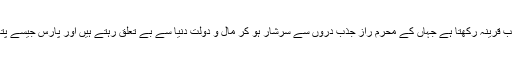
فقر و مستی اور درویشی و قلندری کا قریہ بھی عجب قرینہ رکھتا ہے جہاں کے محرم راز جذبِ دروں سے سرشار ہو کر مال و دولتِ دنیا سے بے تعلق رہتے ہیں اور پارس جیسے پتھروں کو بھی پائے استحقار سے ٹھکر ا دیتے ہیں ۔